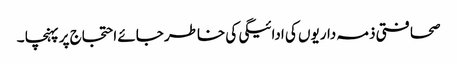
صحافتی ذمہ داریوں کی ادائیگی کی خاطر جائے احتجاج پر پہنچا ۔